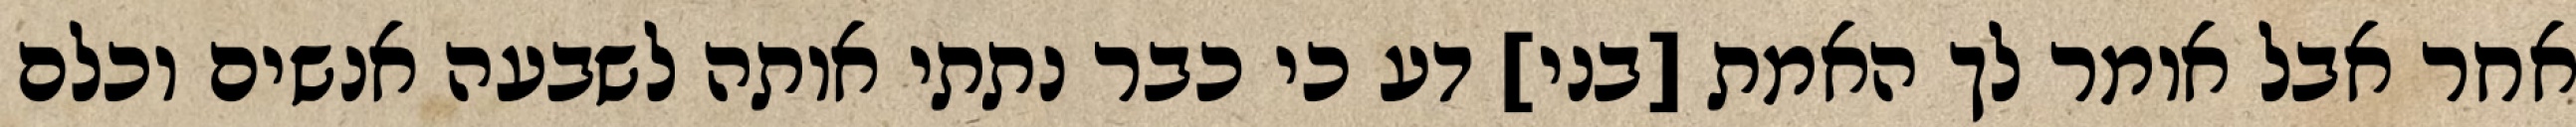
אחר אבל אומר לך האמת [בני] דע כי כבר נתתי אותה לשבעה אנשים וכלם